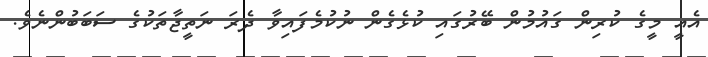
އެއީ މީގެ ކުރިން ގައުމުން ބޭރުގައި ކުޅެގެން ނުކުމެފައިވާ ދެރަ ނަތީޖާތަކުގެ ސަބަބުންނެވެ.